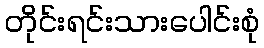
တိုင်းရင်းသားပေါင်းစုံ